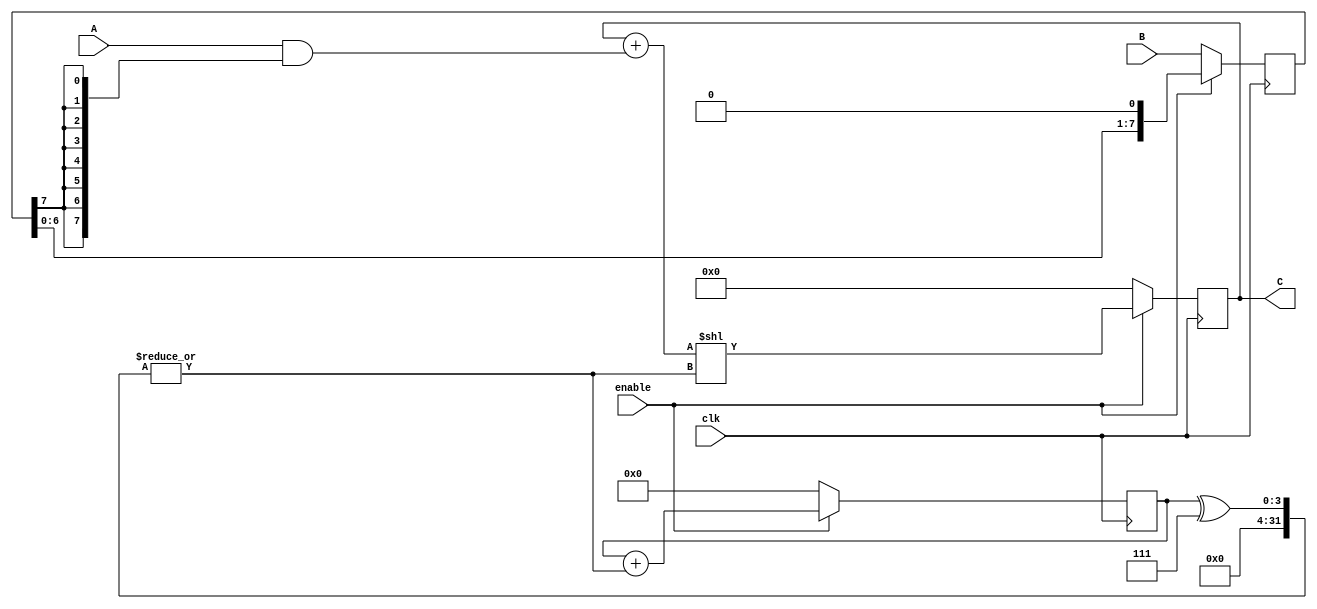
`timescale 1ns / 1ps
//////////////////////////////////////////////////////////////////////////////////
// Company: 
// Engineer: 
// 
// Design Name: 
// Module Name: SeqMultiplier
// Project Name: 
// Target Devices: 
// Tool Versions: 
// Description: 
// 
// Dependencies: 
// 
// Revision:
// Revision 0.01 - File Created
// Additional Comments:
// 
//////////////////////////////////////////////////////////////////////////////////


module SeqMultiplier(
    input wire clk,
    input wire enable,
    input wire [7:0] A,
    input wire [7:0] B,
    output wire [15:0] C
    );
    reg [15:0] prod;
    reg [7:0] mult;
    reg [3:0] counter;
    wire shift;
    assign C = prod;
    assign shift = |(counter^7);
    always @(posedge clk) begin 
        if (!enable) begin
            mult <= B;
            prod <= 0;
            counter <= 0;
        end
        else begin
            mult <= mult << 1;
            prod <= (prod + (A & {8{mult[7]}})) << shift;
            counter <= counter + shift;
        end
    end
endmodule